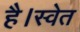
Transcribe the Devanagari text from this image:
है।स्वेत